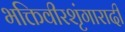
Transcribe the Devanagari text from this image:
भक्तिवीरशृंगारादी